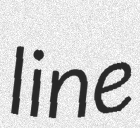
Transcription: line